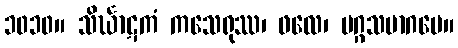
၁၀၁၀။ သိင်္ဃာဋကံ ကသေရုဿ၊ ဖလေ၊ မဂ္ဂသမာဂမေ။